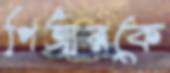
পিআরকে